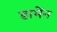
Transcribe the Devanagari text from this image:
डामेंन